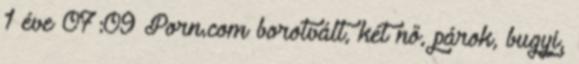
1 éve 07:09 Porn.com borotvált, két nő, párok, bugyi,